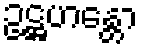
ဥဋ္ဌဟန္တော